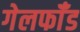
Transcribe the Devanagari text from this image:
गेलफॉँड